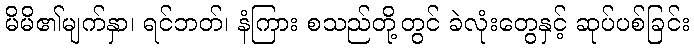
မိမိ၏မျက်နှာ၊ ရင်ဘတ်၊ နံကြား စသည်တို့တွင် ခဲလုံးတွေနှင့် ဆုပ်ပစ်ခြင်း